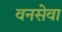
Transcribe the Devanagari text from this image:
वनसेवा